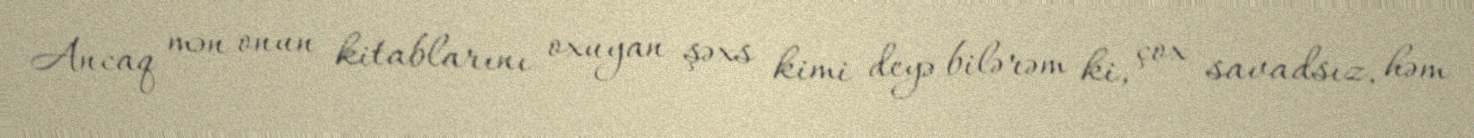
Ancaq mən onun kitablarını oxuyan şəxs kimi deyə bilərəm ki, çox savadsız, həm